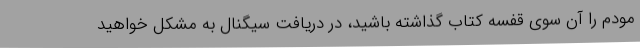
مودم را آن سوی قفسه کتاب گذاشته باشید، در دریافت سیگنال به مشکل خواهید